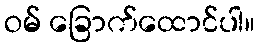
ဝမ် ခြောက်ထောင်ပါ။